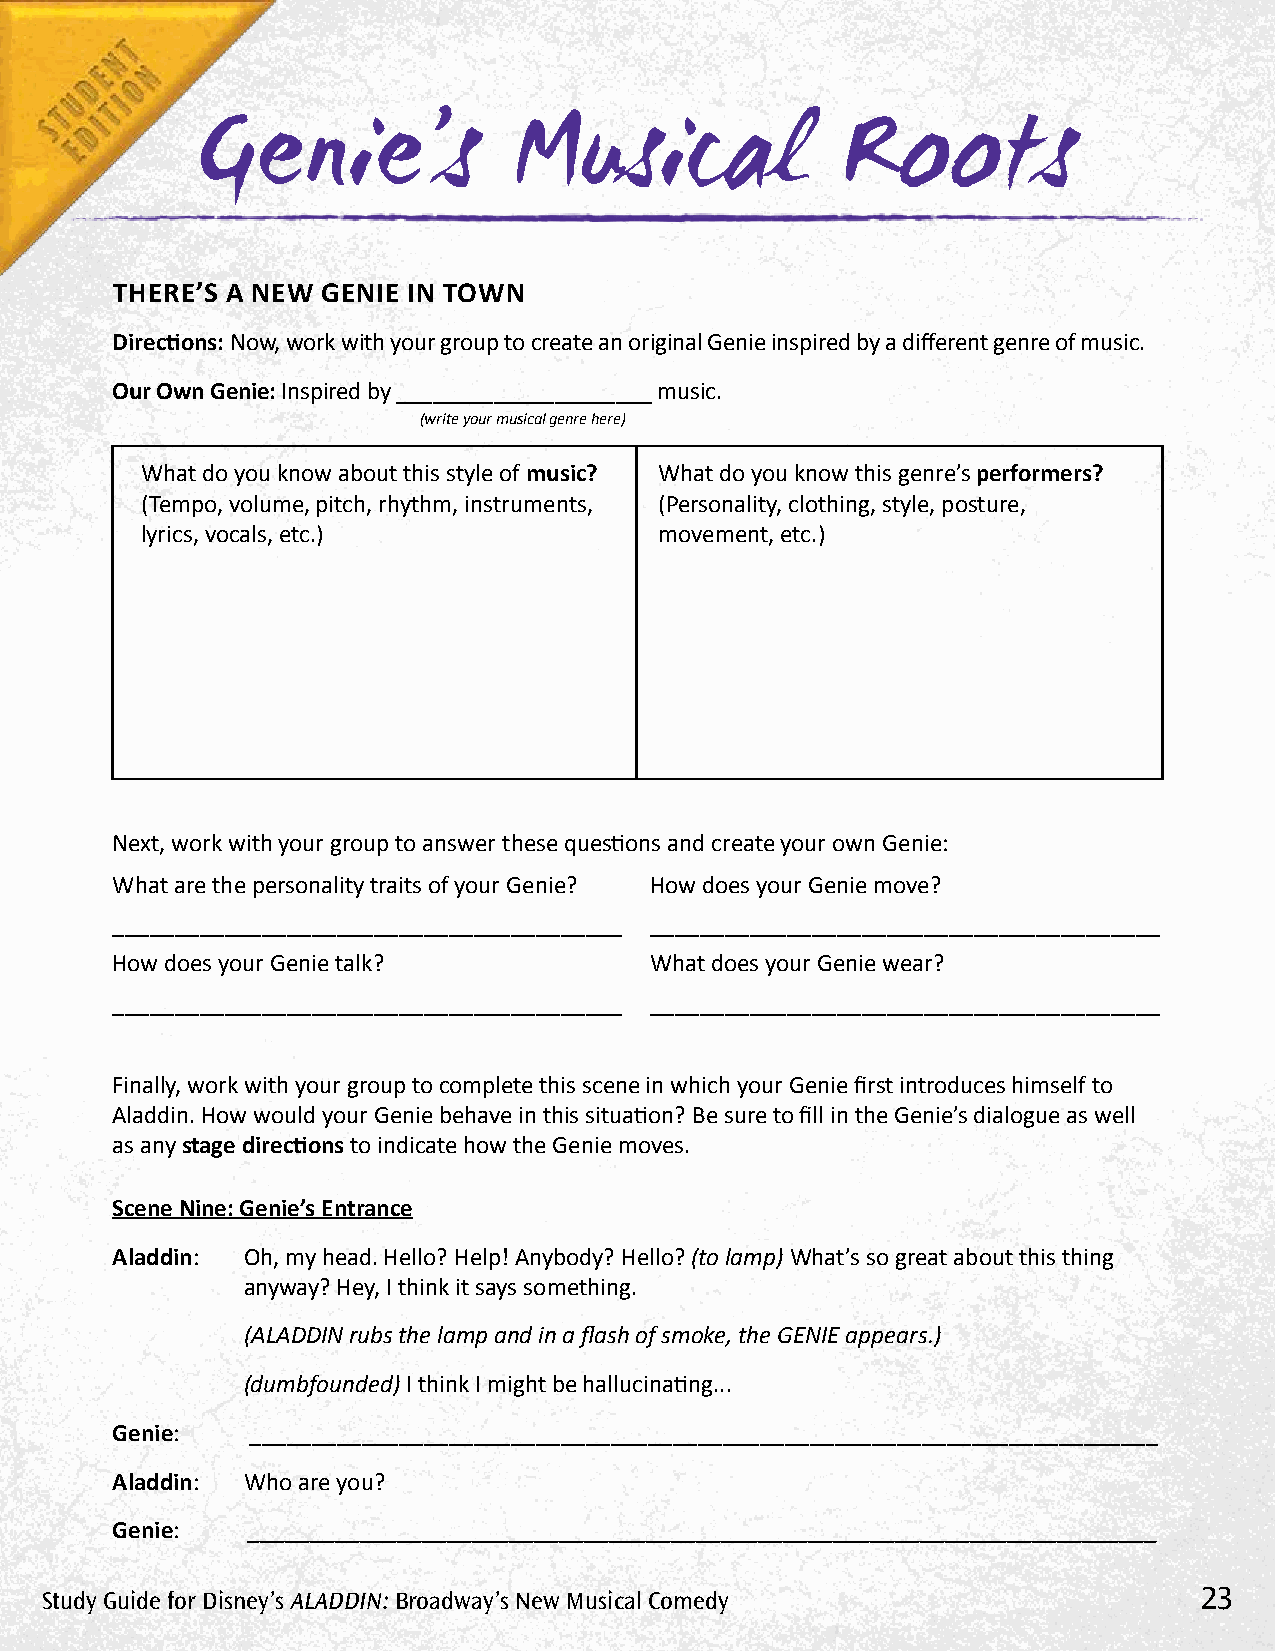
Genie’s              Musical               Roots
 THERE’S A NEW GENIE IN TOWN
 Directions: Now, work with your group to create an original Genie inspired by a different genre of music.
 Our Own Genie: Inspired by _____________________ music.
 (write your musical genre here)
 What do you know about this style of music? What do you know this genre’s performers?
 (Tempo, volume, pitch, rhythm, instruments, (Personality, clothing, style, posture,
 lyrics, vocals, etc.)              movement, etc.)
 Next, work with your group to answer these questions and create your own Genie:
 What are the personality traits of your Genie? How does your Genie move?
 _________________________________________ _________________________________________
 How does your Genie talk?           What does your Genie wear?
 _________________________________________ _________________________________________
 Finally, work with your group to complete this scene in which your Genie first introduces himself to
 Aladdin. How would your Genie behave in this situation? Be sure to fill in the Genie’s dialogue as well
 as any stage directions to indicate how the Genie moves.
 Scene Nine: Genie’s Entrance
 Aladdin: Oh, my head. Hello? Help! Anybody? Hello? (to lamp) What’s so great about this thing
 anyway? Hey, I think it says something.
 (ALADDIN rubs the lamp and in a flash of smoke, the GENIE appears.)
 (dumbfounded) I think I might be hallucinating...
 Genie:    _________________________________________________________________________
 Aladdin: Who are you?
 Genie:    _________________________________________________________________________
 Study Guide for Disney’s AlADDin: Broadway’s new Musical Comedy             23